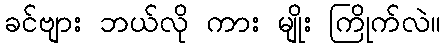
ခင်ဗျား ဘယ်လို ကား မျိုး ကြိုက်လဲ။